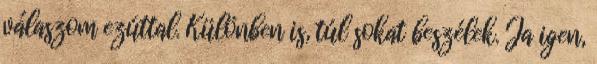
válaszom ezúttal. Különben is, túl sokat beszélek. Ja igen,